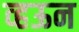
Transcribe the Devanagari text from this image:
व्हऊन